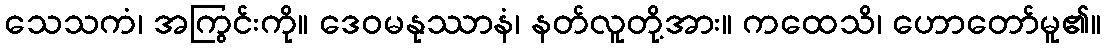
သေသကံ၊ အကြွင်းကို။ ဒေဝမနုဿာနံ၊ နတ်လူတို့အား။ ကထေသိ၊ ဟောတော်မူ၏။